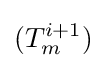
(T_{m}^{i+1})